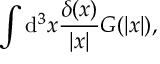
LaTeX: \int \mathrm { d } ^ { 3 } x \frac { \delta ( x ) } { | x | } G ( | x | ) ,